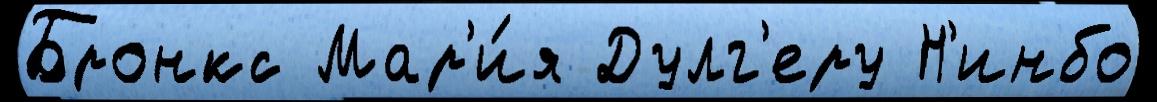
Бронкс Мар'и́я Дулг'еру Н'инбо